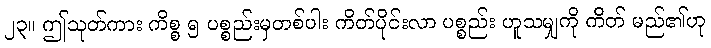
၂၃။ ဤသုတ်ကား ကိစ္စ ၅ ပစ္စည်းမှတစ်ပါး ကိတ်ပိုင်းလာ ပစ္စည်း ဟူသမျှကို ကိတ် မည်၏ဟု